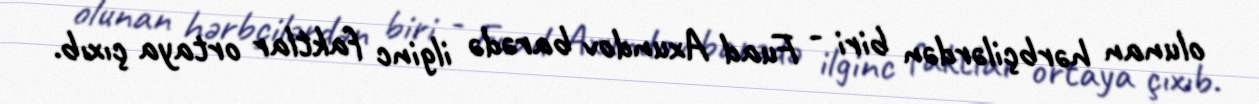
olunan hərbçilərdən biri - Fuad Axundov barədə ilginc faktlar ortaya çıxıb.